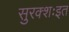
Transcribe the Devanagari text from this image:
सुरक्शःइत